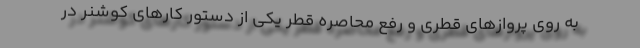
به روی پروازهای قطری و رفع محاصره قطر یکی از دستور کارهای کوشنر در